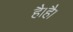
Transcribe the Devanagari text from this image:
है।है।